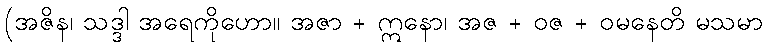
(အဇိန၊ သဒ္ဒါ အရေကိုဟော။ အဇာ + ဣနော၊ အဇ + ဝဇ + ဝမနေတိ မသမာ